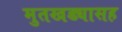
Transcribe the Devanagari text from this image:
मुतखड्यासह